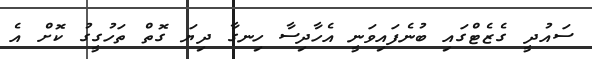
ސައުދީ ގެޒެޓްގައި ބުނެފައިވަނީ އެހާދިސާ ހިނގާ ދިޔަ ގޮތް ތަހުގީގު ކޮށް އެ